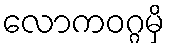
လောကဝဂ္ဂမှိ